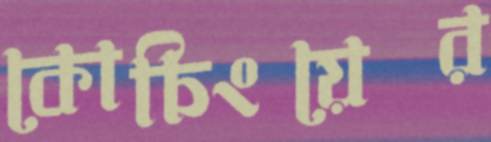
কোচিংয়ের